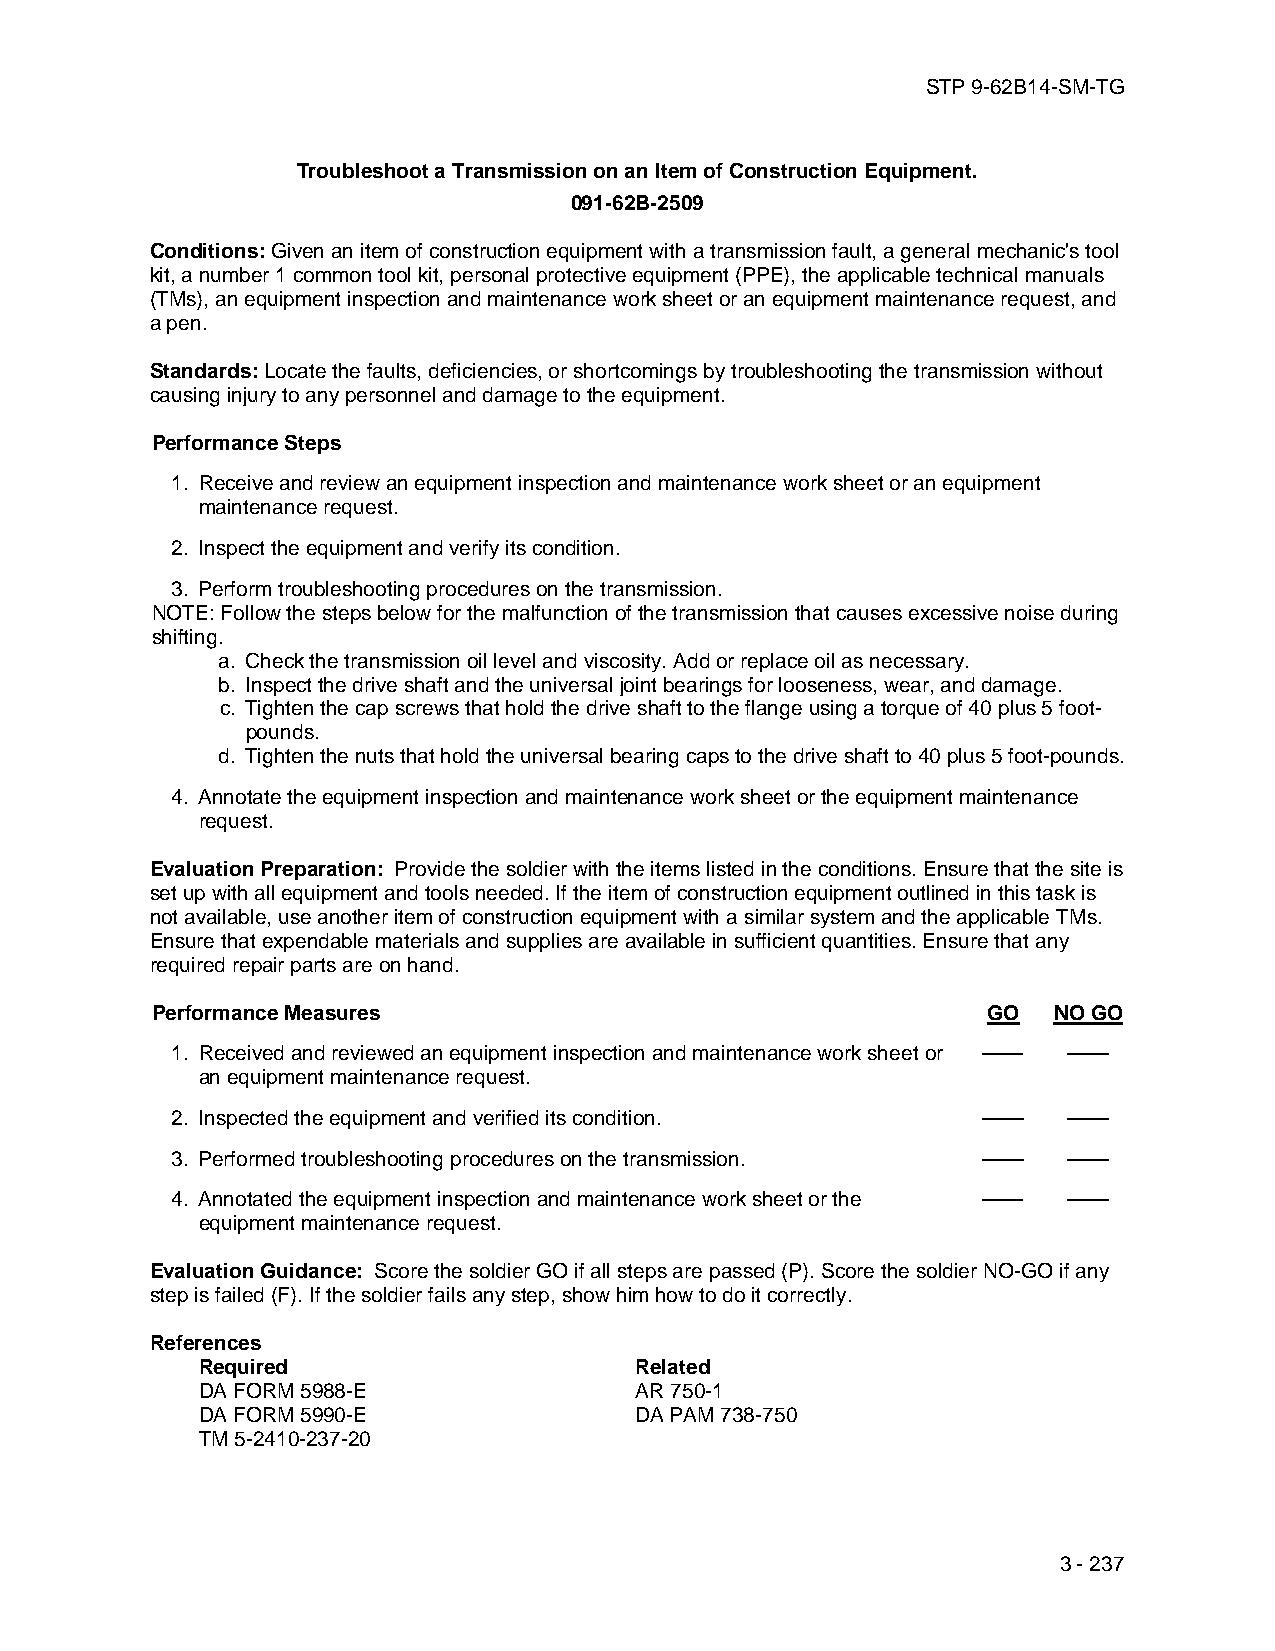
STP 9-62B14-SM-TG
 Troubleshoot a Transmission on an Item of Construction Equipment.
 091-62B-2509
 Conditions: Given an item of construction equipment with a transmission fault, a general mechanic's tool
 kit, a number 1 common tool kit, personal protective equipment (PPE), the applicable technical manuals
 (TMs), an equipment inspection and maintenance work sheet or an equipment maintenance request, and
 a pen.
 Standards: Locate the faults, deficiencies, or shortcomings by troubleshooting the transmission without
 causing injury to any personnel and damage to the equipment.
 Performance Steps
 1. Receive and review an equipment inspection and maintenance work sheet or an equipment
 maintenance request.
 2. Inspect the equipment and verify its condition.
 3. Perform troubleshooting procedures on the transmission.
 NOTE: Follow the steps below for the malfunction of the transmission that causes excessive noise during
 shifting.
 a. Check the transmission oil level and viscosity. Add or replace oil as necessary.
 b. Inspect the drive shaft and the universal joint bearings for looseness, wear, and damage.
 c. Tighten the cap screws that hold the drive shaft to the flange using a torque of 40 plus 5 foot-
 pounds.
 d. Tighten the nuts that hold the universal bearing caps to the drive shaft to 40 plus 5 foot-pounds.
 4. Annotate the equipment inspection and maintenance work sheet or the equipment maintenance
 request.
 Evaluation Preparation: Provide the soldier with the items listed in the conditions. Ensure that the site is
 set up with all equipment and tools needed. If the item of construction equipment outlined in this task is
 not available, use another item of construction equipment with a similar system and the applicable TMs.
 Ensure that expendable materials and supplies are available in sufficient quantities. Ensure that any
 required repair parts are on hand.
 Performance Measures                                   GO   NO GO
 1. Received and reviewed an equipment inspection and maintenance work sheet or —— ——
 an equipment maintenance request.
 2. Inspected the equipment and verified its condition. ——   ——
 3. Performed troubleshooting procedures on the transmission. —— ——
 4. Annotated the equipment inspection and maintenance work sheet or the —— ——
 equipment maintenance request.
 Evaluation Guidance: Score the soldier GO if all steps are passed (P). Score the soldier NO-GO if any
 step is failed (F). If the soldier fails any step, show him how to do it correctly.
 References
 Required                     Related
 DA FORM 5988-E               AR 750-1
 DA FORM 5990-E               DA PAM 738-750
 TM 5-2410-237-20
 3 - 237